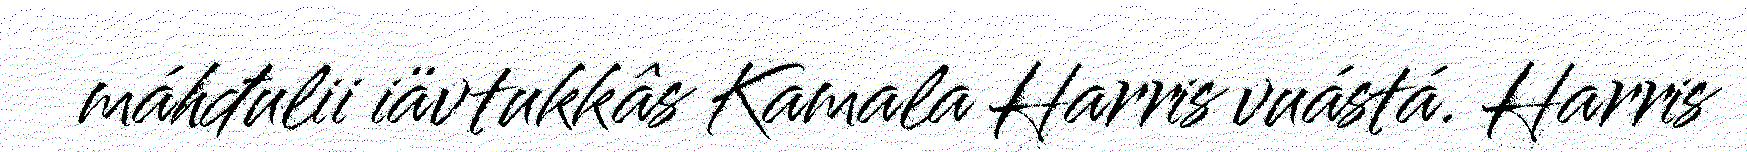
máhđulii iävtukkâs Kamala Harris vuástá. Harris